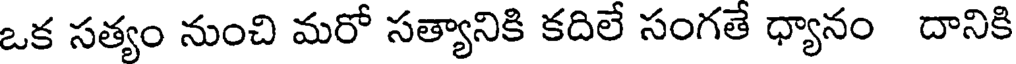
ఒక సత్యం నుంచి మరో సత్యానికి కదిలే సంగతే ధ్యానం దానికి